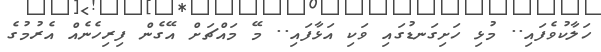
ހަލާކުވެފައި.. މުޅި ހަށިގަނޑުގައި ވަކި އަޅާފައި.. މޭ މައްޗަށް އޭގެން ފިރިހެނެއް އެރުމުގެ